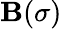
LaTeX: \mathbf{B}(\sigma)